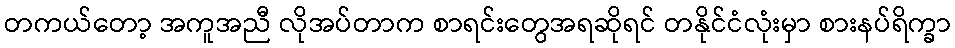
တကယ်တော့ အကူအညီ လိုအပ်တာက စာရင်းတွေအရဆိုရင် တနိုင်ငံလုံးမှာ စားနပ်ရိက္ခာ